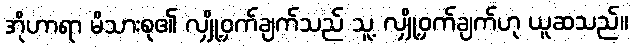
အိုဟာရာ မိသားစု၏ လျှို့ဝှက်ချက်သည် သူ့ လျှို့ဝှက်ချက်ဟု ယူဆသည်။